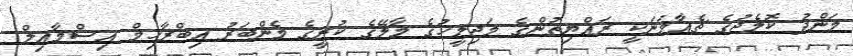
މަންދު ކޮލެޖުގެ ޗެއާމަނަކީ ރައްޔިތުންގެ މަޖިލީހުގެ މާލޭގެ ކުރީގެ މެންބަރު އިބްރާހިމް އިސްމާއިލް